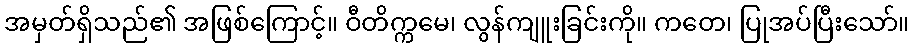
အမှတ်ရှိသည်၏ အဖြစ်ကြောင့်။ ဝီတိက္ကမေ၊ လွန်ကျူးခြင်းကို။ ကတေ၊ ပြုအပ်ပြီးသော်။